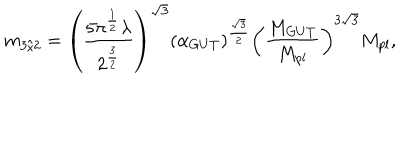
m _ { 3 / 2 } = \left( \frac { 5 \pi ^ { \frac { 1 } { 2 } } \lambda } { 2 ^ { \frac { 3 } { 2 } } } \right) ^ { \sqrt 3 } \left( \alpha _ { G U T } \right) ^ { \frac { \sqrt 3 } { 2 } } \left( \frac { M _ { G U T } } { M _ { p l } } \right) ^ { 3 \sqrt 3 } M _ { p l } ,